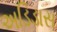
અડિડાસ